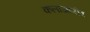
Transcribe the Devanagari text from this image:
कलाजाणीव